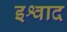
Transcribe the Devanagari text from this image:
इश्वाद